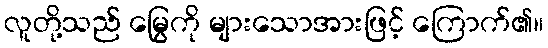
လူတို့သည် မြွေကို များသောအားဖြင့် ကြောက်၏။